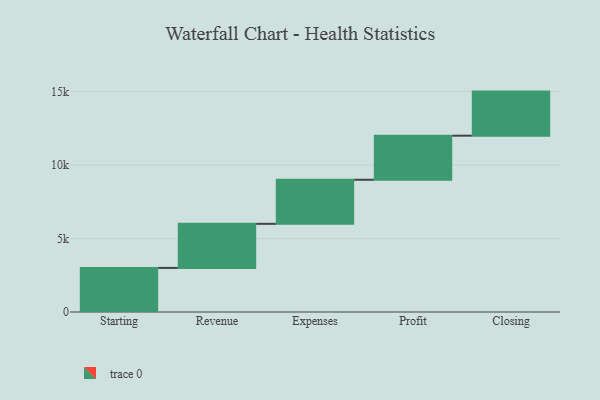
{"axis": {"x": "Step", "y": "Value"}, "legend": [""], "data": [{"x": "Starting", "y": 3000, "type": ""}, {"x": "Revenue", "y": 3000, "type": ""}, {"x": "Expenses", "y": 3000, "type": ""}, {"x": "Profit", "y": 3000, "type": ""}, {"x": "Closing", "y": 3000, "type": ""}]}